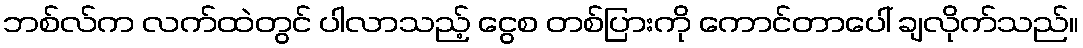
ဘစ်လ်က လက်ထဲတွင် ပါလာသည့် ငွေစ တစ်ပြားကို ကောင်တာပေါ် ချလိုက်သည်။